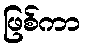
ဖြစ်ကာ